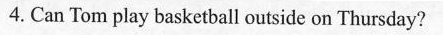
4. Can Tom play basketball outside on Thursday?